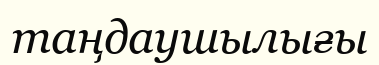
таңдаушылығы